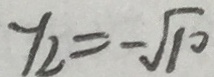
y _ { 2 } = - \sqrt { 1 0 }